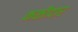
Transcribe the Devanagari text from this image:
कळीदार